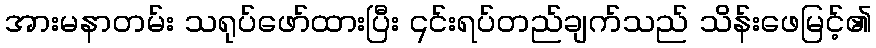
အားမနာတမ်း သရုပ်ဖော်ထားပြီး ၎င်းရပ်တည်ချက်သည် သိန်းဖေမြင့်၏